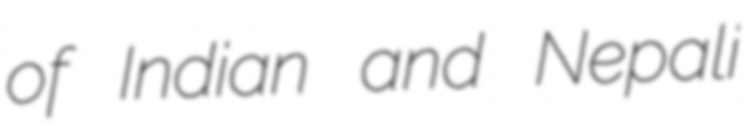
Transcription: of Indian and Nepali